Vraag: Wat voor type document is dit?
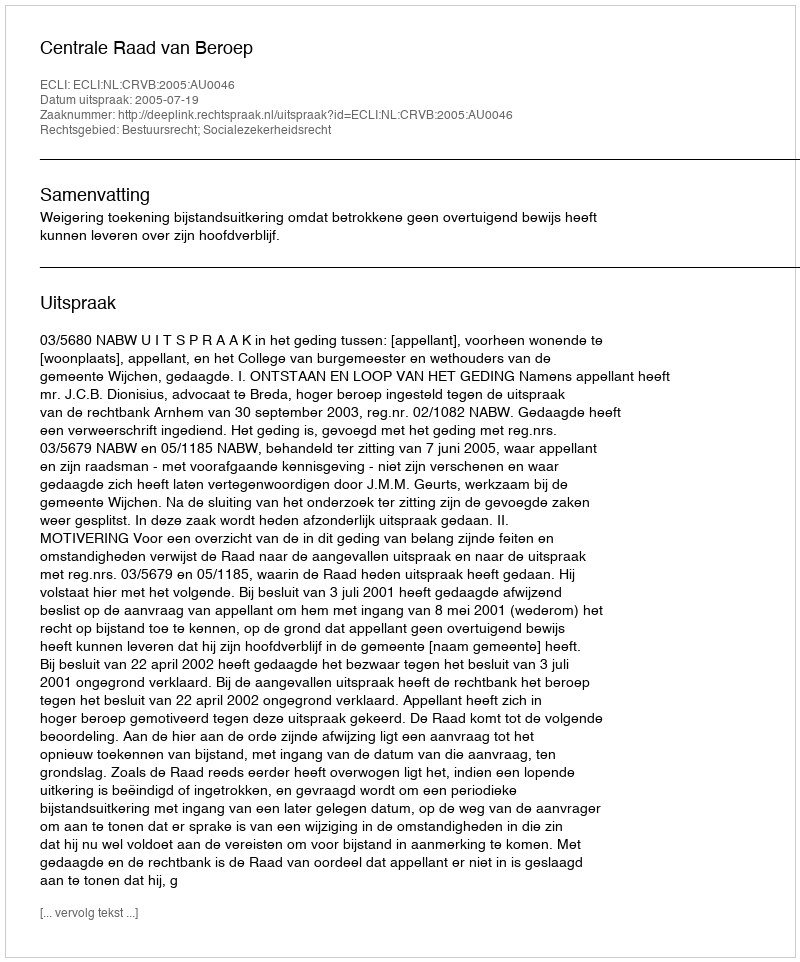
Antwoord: Uitspraak